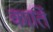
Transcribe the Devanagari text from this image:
कातिं